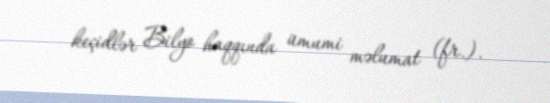
keçidlər Bilyo haqqında ümumi məlumat (fr.).